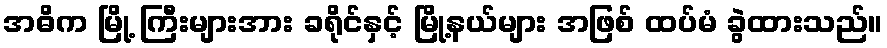
အဓိက မြို့ ကြီးများအား ခရိုင်နှင့် မြို့နယ်များ အဖြစ် ထပ်မံ ခွဲထားသည်။